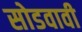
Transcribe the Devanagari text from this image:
सोडवावी